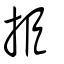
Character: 挋